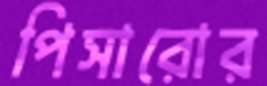
পিসারোর